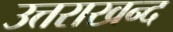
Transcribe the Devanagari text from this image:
उत्तराखन्द